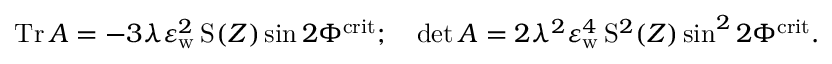
\mathrm { T r } \, A = - 3 \lambda \varepsilon _ { \mathrm { w } } ^ { 2 } \, \mathrm { S } _ { } ( Z ) \sin 2 \Phi ^ { \mathrm { c r i t } } ; \quad \operatorname* { d e t } A = 2 \lambda ^ { 2 } \varepsilon _ { \mathrm { w } } ^ { 4 } \, \mathrm { S } _ { } ^ { 2 } ( Z ) \sin ^ { 2 } 2 \Phi ^ { \mathrm { c r i t } } .